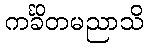
ကင်္ခိတမညာသိ